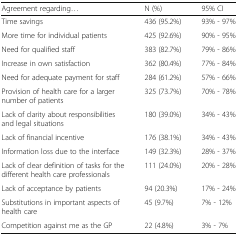
<table><thead><tr><td><b>Agreement regarding...</b></td><td><b>N (%)</b></td><td><b>95% CI</b></td></tr></thead><tbody><tr><td>Time savings</td><td>436 (95.2%)</td><td>93% - 97%</td></tr><tr><td>More time for individual patients</td><td>425 (92.6%)</td><td>90% - 95%</td></tr><tr><td>Need for qualified staff</td><td>383 (82.7%)</td><td>79% - 86%</td></tr><tr><td>Increase in own satisfaction</td><td>362 (80.4%)</td><td>77% - 84%</td></tr><tr><td>Need for adequate payment for staff</td><td>284 (61.2%)</td><td>57% - 66%</td></tr><tr><td>Provision of health care for a larger number of patients</td><td>325 (73.7%)</td><td>70% - 78%</td></tr><tr><td>Lack of clarity about responsibilities and legal situations</td><td>180 (39.0%)</td><td>34% - 43%</td></tr><tr><td>Lack of financial incentive</td><td>176 (38.1%)</td><td>34% - 43%</td></tr><tr><td>Information loss due to the interface</td><td>149 (32.3%)</td><td>28% - 37%</td></tr><tr><td>Lack of clear definition of tasks for the different health care professionals</td><td>111 (24.0%)</td><td>20% - 28%</td></tr><tr><td>Lack of acceptance by patients</td><td>94 (20.3%)</td><td>17% - 24%</td></tr><tr><td>Substitutions in important aspects of health care</td><td>45 (9.7%)</td><td>7% - 12%</td></tr><tr><td>Competition against me as the GP</td><td>22 (4.8%)</td><td>3% - 7%</td></tr></tbody></table>